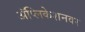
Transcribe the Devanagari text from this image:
अॅप्लिकेशनवर